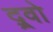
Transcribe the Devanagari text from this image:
द्र्वो